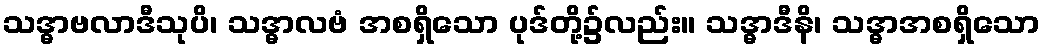
သဒ္ဓာဗလာဒီသုပိ၊ သဒ္ဓာလဗံ အစရှိသော ပုဒ်တို့၌လည်း။ သဒ္ဓာဒီနိ၊ သဒ္ဓာအစရှိသော